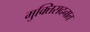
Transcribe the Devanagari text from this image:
मुक्तिसदनात